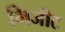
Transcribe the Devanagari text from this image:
भिजीट